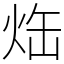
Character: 𤈒